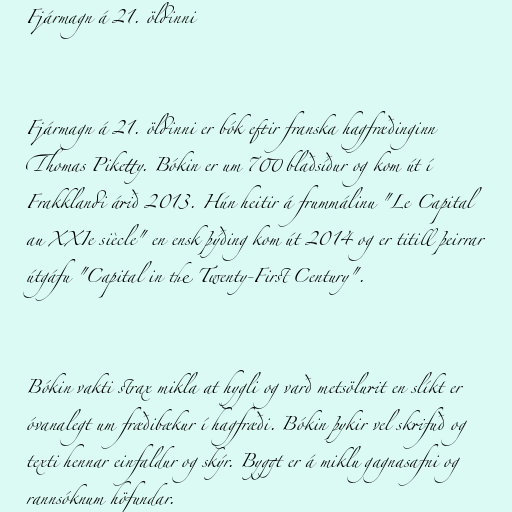
Fjármagn á 21. öldinni

Fjármagn á 21. öldinni er bók eftir franska hagfræðinginn
Thomas Piketty. Bókin er um 700 blaðsíður og kom út í
Frakklandi árið 2013. Hún heitir á frummálinu "Le Capital
au XXIe siècle" en ensk þýðing kom út 2014 og er titill þeirrar
útgáfu "Capital in the Twenty-First Century".

Bókin vakti strax mikla at hygli og varð metsölurit en slíkt er
óvanalegt um fræðibækur í hagfræði. Bókin þykir vel skrifuð og
texti hennar einfaldur og skýr. Byggt er á miklu gagnasafni og
rannsóknum höfundar.